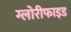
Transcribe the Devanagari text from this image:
ग्लोरीफाइड